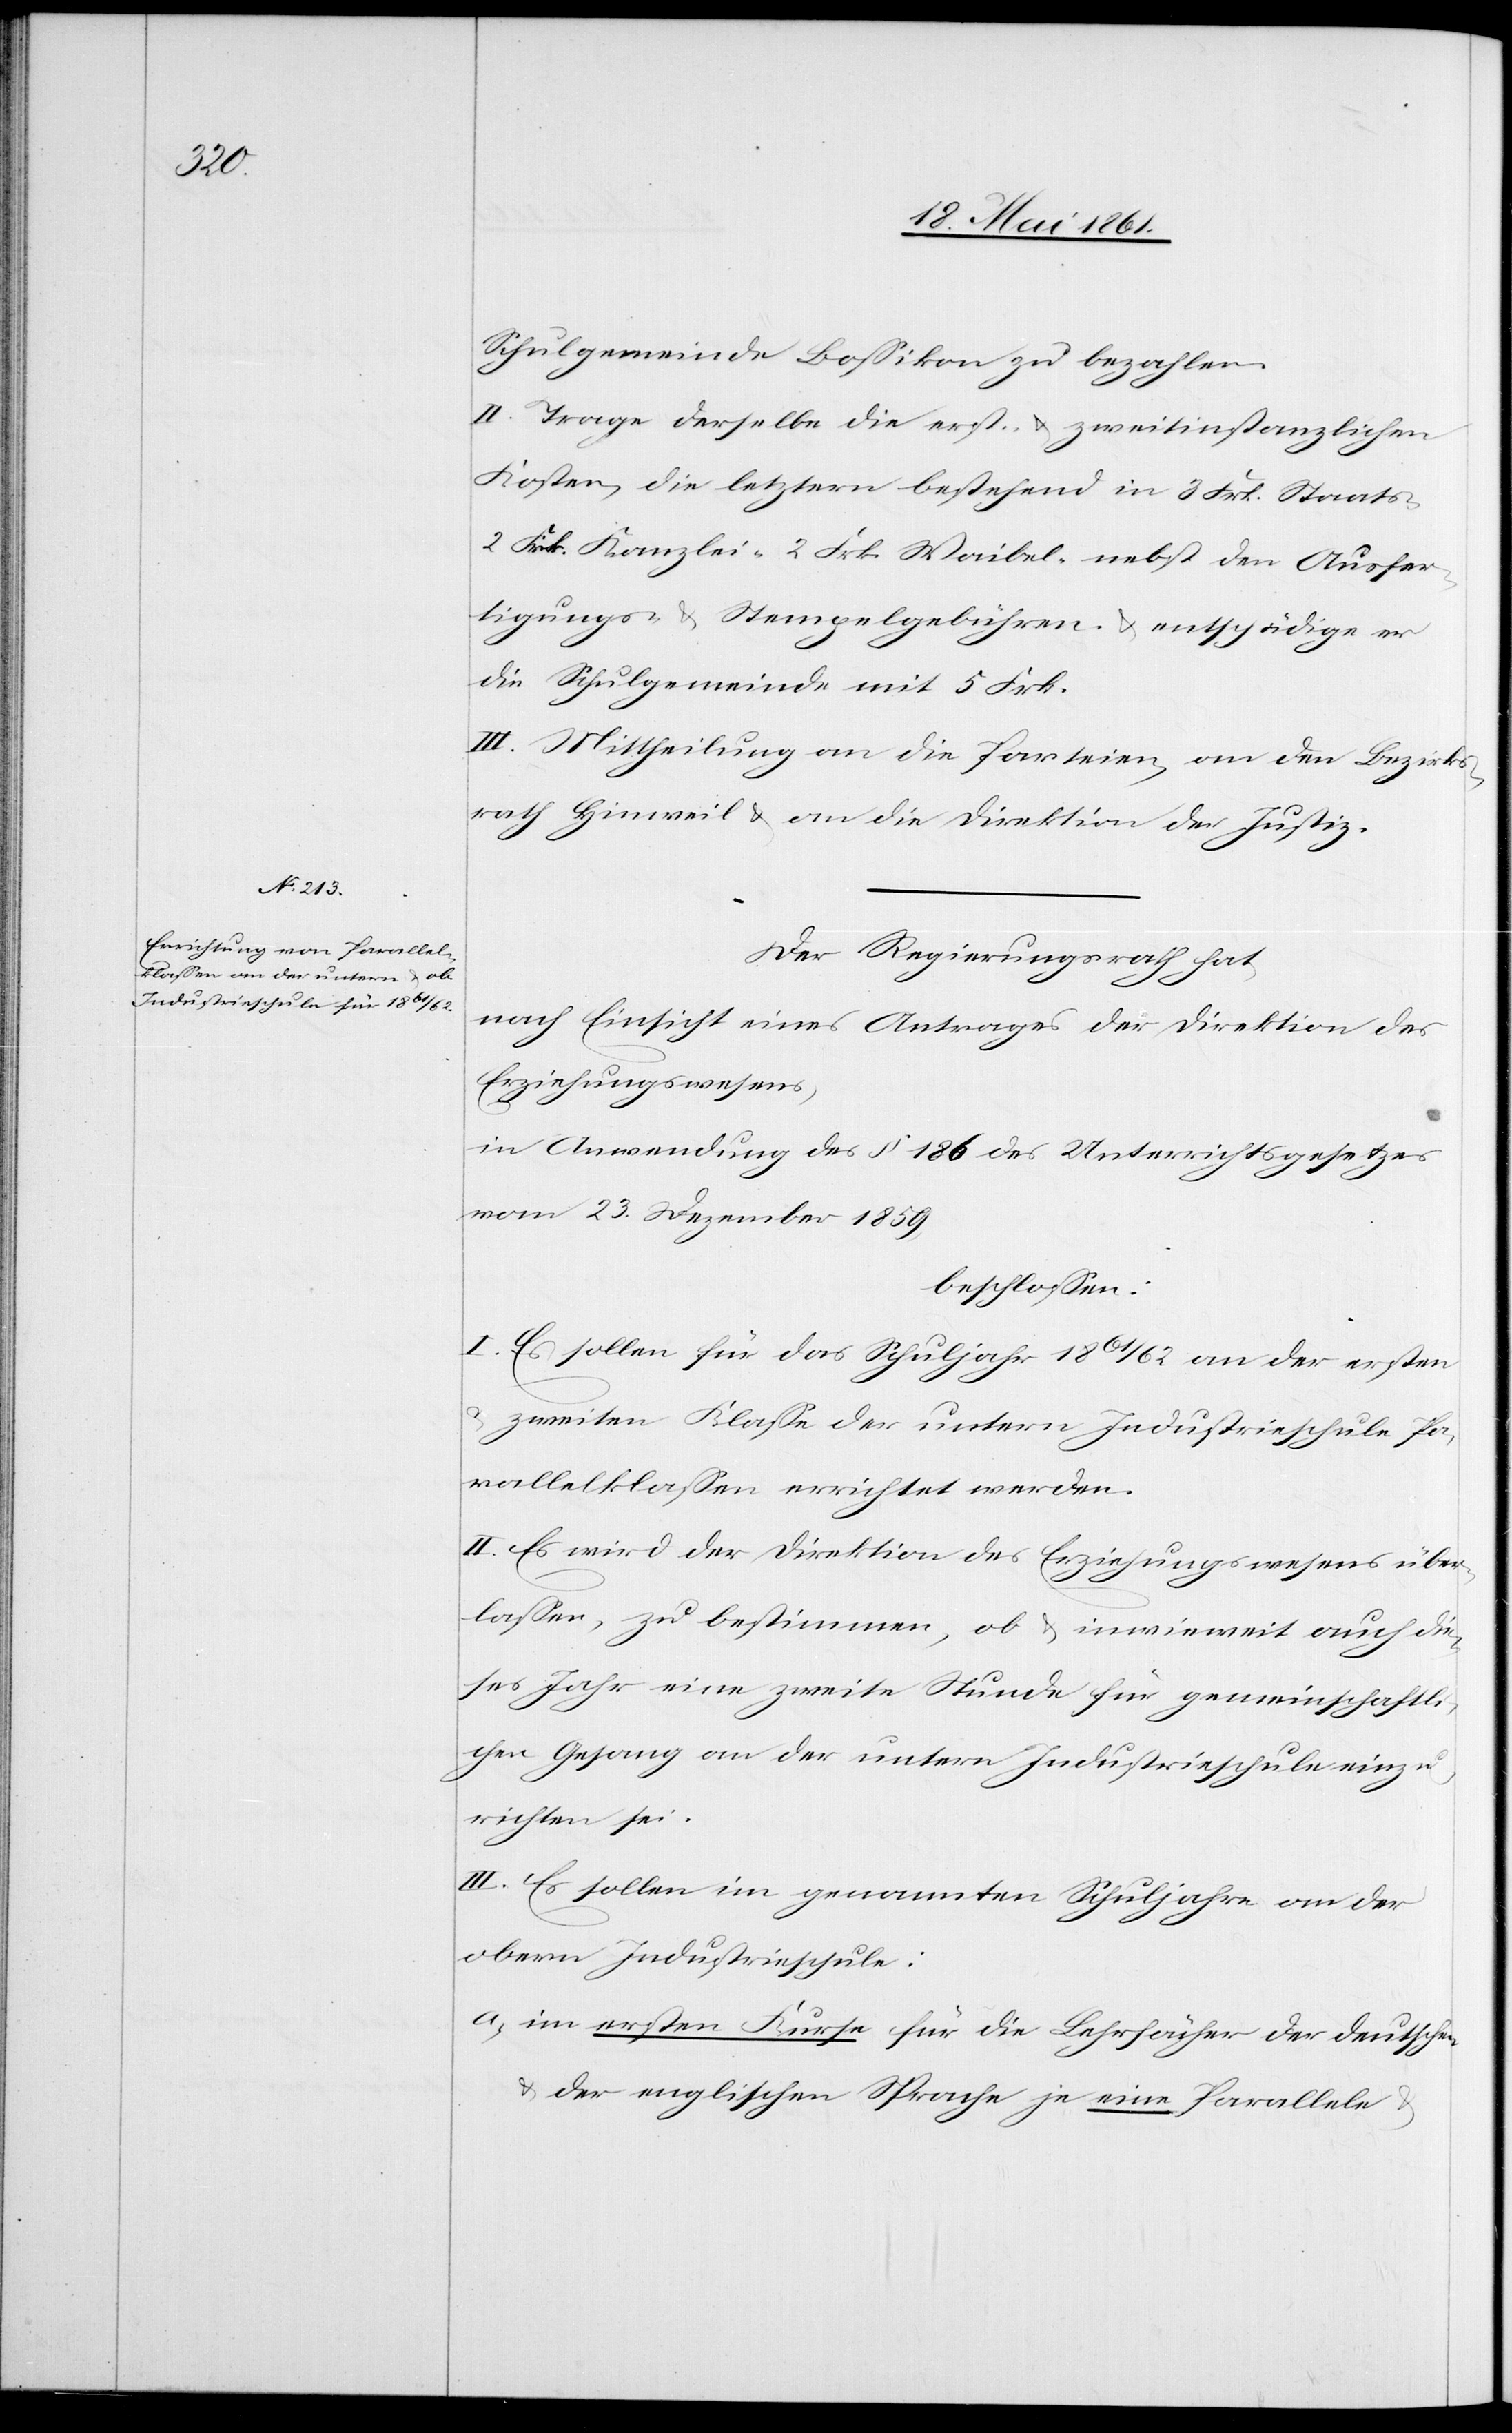
Schulgemeinde Bossikon zu bezahlen.
II. Trage derselbe die erst- u. zweitinstanzlichen
Kosten, die letztern bestehend in 3 Frk. Staats-[,]
2 Frk. Kanzlei-[,] 2 Frk. Waibel- nebst den Ausfer¬
tigungs- u. Stempelgebühren u. entschädige er
die Schulgemeinde mit 5 Frk.
III. Mittheilung an die Parteien, an den Bezirks¬
rath Hinweil u. an die Direktion der Justiz.
Der Regierungsrath hat,
nach Einsicht eines Antrages der Direktion des
Erziehungswesens,
in Anwendung des § 186 des Unterrichtsgesetzes
vom 23. Dezember 1859,
beschlossen:
I. Es sollen für das Schuljahr 1861/62 an der ersten
u. zweiten Klasse der untern Industrieschule Pa¬
rallelklassen errichtet werden.
II. Es wird der Direktion des Erziehungswesens über¬
lassen, zu bestimmen, ob u. inwieweit auch die¬
ses Jahr eine zweite Stunde für gemeinschaftli¬
chen Gesang an der untern Industrieschule einzu¬
richten sei.
III. Es sollen im genannten Schuljahre an der
obern Industrieschule:
a. im ersten Kurse für die Lehrfächer der deutschen
u. der englischen Sprache je eine Parallele